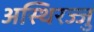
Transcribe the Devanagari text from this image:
अस्थिरज्जु